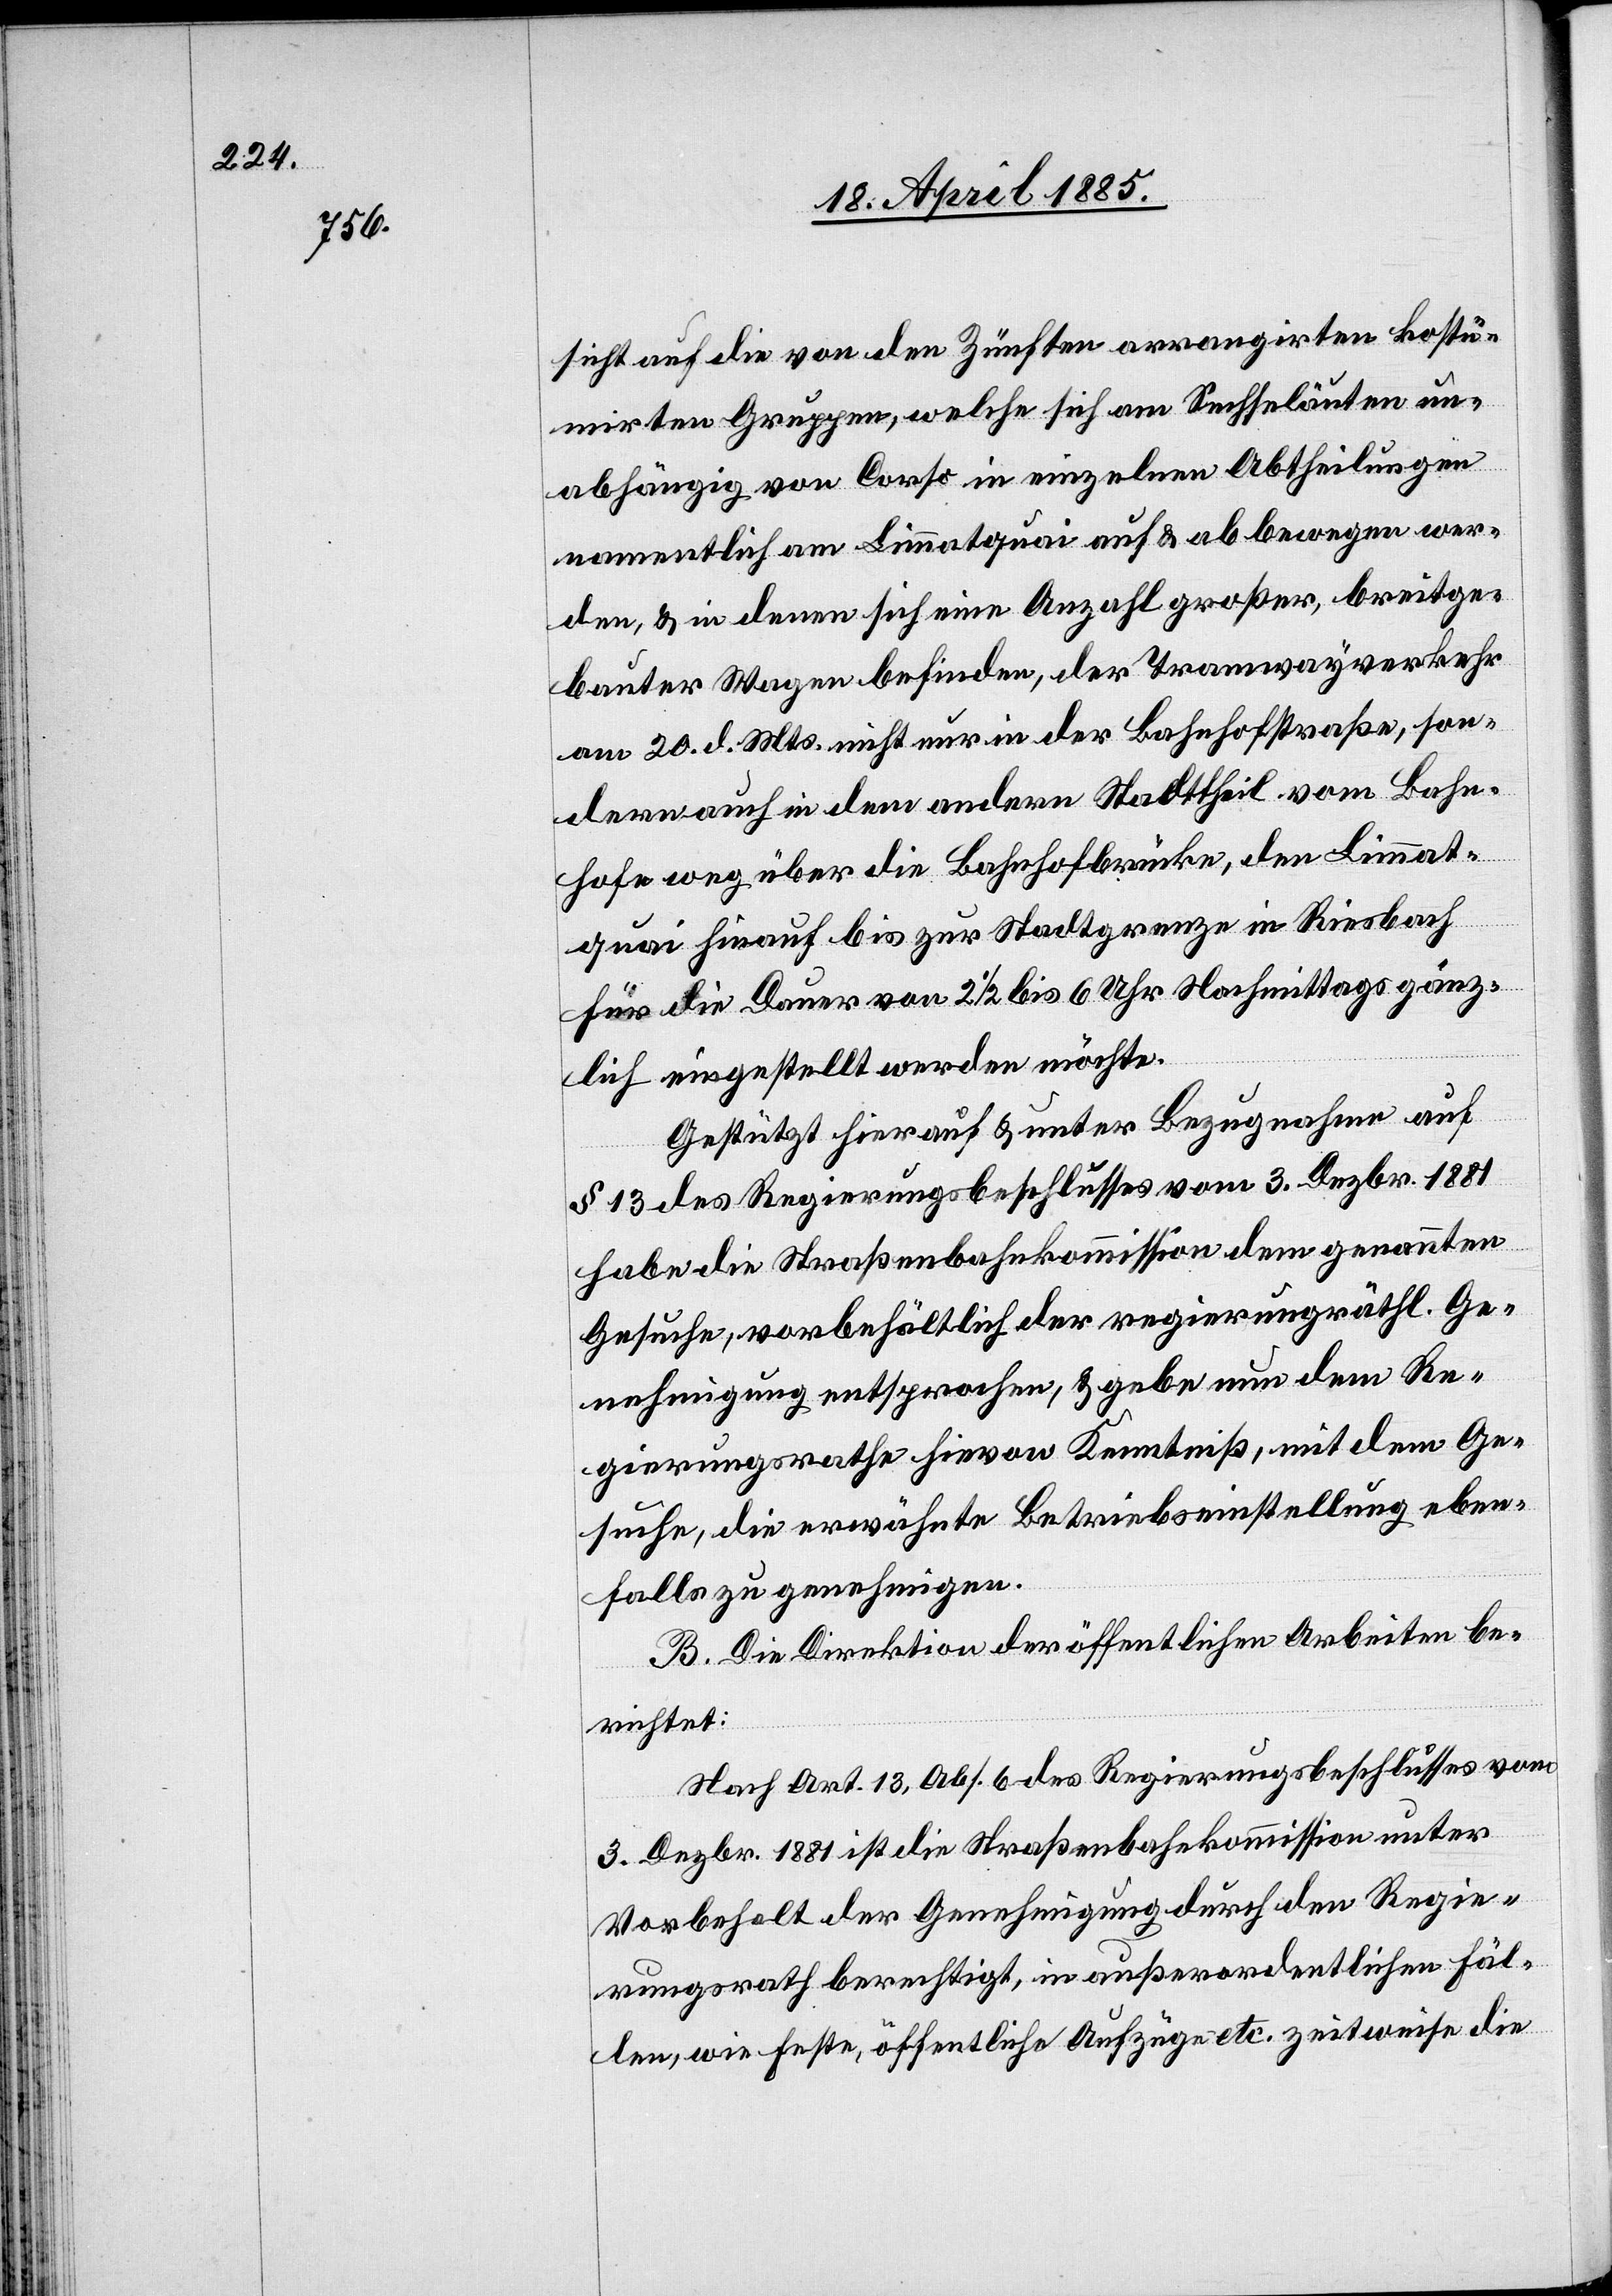
sicht auf die von den Zünften arrangirten kostü¬
mirten Gruppen, welche sich am Sechseläuten un¬
abhängig von Corso in einzelnen Abtheilungen
namentlich am Limmatquai auf & ab bewegen wer¬
den, & in denen sich eine Anzahl großer, breitge¬
bauter Wagen befinden, der Tramwayverkehr
am 20. d. Mts. nicht nur in der Bahnhofstraße, son¬
dern auch in dem andern Stadttheil vom Bahn¬
hofe weg über die Bahnhofbrücke, den Limmat¬
quai hinauf bis zur Stadtgrenze in Riesbach
für die Dauer von 2 1/2 bis 6 Uhr Nachmittags gänz¬
lich eingestellt werden möchte.
Gestützt hierauf & unter Bezugnahme auf
§ 13 des Regierungsbeschlusses vom 3. Dezbr. 1881
habe die Straßenbahnkommission dem genannten
Gesuche, vorbehältlich der regierungsräthl. Ge¬
nehmigung entsprochen, & gebe nun dem Re¬
gierungsrathe hievon Kenntniß, mit dem Ge¬
suche, die erwähnte Betriebseinstellung eben¬
falls zu genehmigen.
B. Die Direktion der öffentlichen Arbeiten be¬
richtet:
Nach Art. 13, Abs. 6 des Regierungsbeschlusses vom
3. Dezbr. 1881 ist die Straßenbahnkommission unter
Vorbehalt der Genehmigung durch den Regie¬
rungsrath berechtigt, in außerordentlichen Fäl¬
len, wie Feste, öffentliche Aufzüge etc. zeitweise die